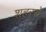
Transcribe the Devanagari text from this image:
शहरसे